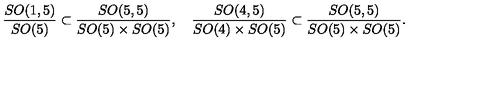
\frac { S O ( 1 , 5 ) } { S O ( 5 ) } \subset \frac { S O ( 5 , 5 ) } { S O ( 5 ) \times S O ( 5 ) } , \quad \frac { S O ( 4 , 5 ) } { S O ( 4 ) \times S O ( 5 ) } \subset \frac { S O ( 5 , 5 ) } { S O ( 5 ) \times S O ( 5 ) } .